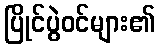
ပြိုင်ပွဲဝင်များ၏